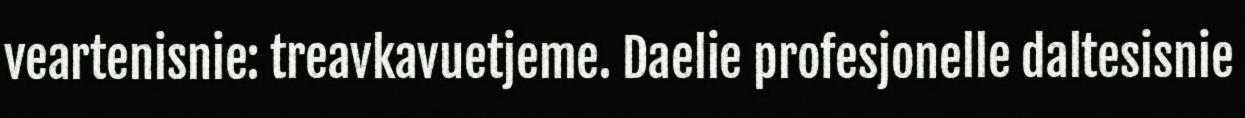
veartenisnie: treavkavuetjeme. Daelie profesjonelle daltesisnie